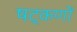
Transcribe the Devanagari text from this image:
षट्‌कणों